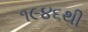
૧૯૪૬થી